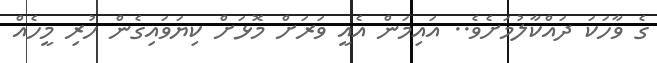
ގެ ވާހަކަ ދައްކާލުމަށެވެ.. އައިމަން އެއީ ވަރަށް މޮޅަށް ކިޔަވައިގެން ހުރި މީހެއް